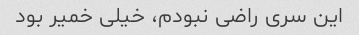
این سری راضی نبودم، خیلی خمیر بود